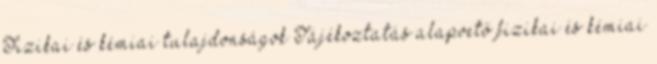
Fizikai és kémiai tulajdonságok Tájékoztatás alapvető fizikai és kémiai